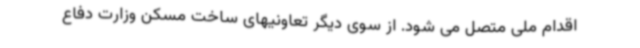
اقدام ملی متصل می شود. از سوی دیگر تعاونیهای ساخت مسکن وزارت دفاع